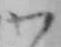
わ